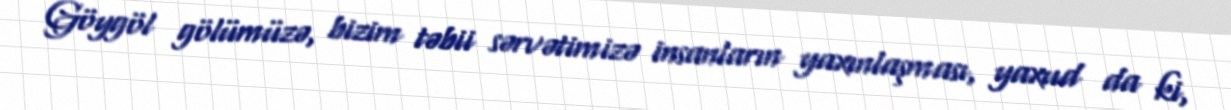
Göygöl gölümüzə, bizim təbii sərvətimizə insanların yaxınlaşması, yaxud da ki,